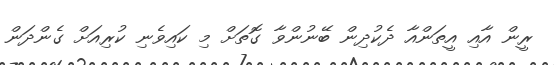
ރީން އާއި އީތަންއާ ދެކުދިން ބޭނުންވާ ގޮތަށް މި ކައިވެނި ކުރިއަށް ގެންދަން